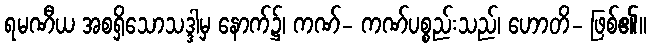
ရမဏီယ အစရှိသောသဒ္ဒါမှ နောက်၌၊ ကဏ်- ကဏ်ပစ္စည်းသည်၊ ဟောတိ- ဖြစ်၏။